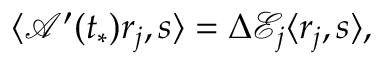
\langle \mathcal { A } ^ { \prime } ( t _ { * } ) r _ { j } , s \rangle = \Delta \mathcal { E } _ { j } \langle r _ { j } , s \rangle ,